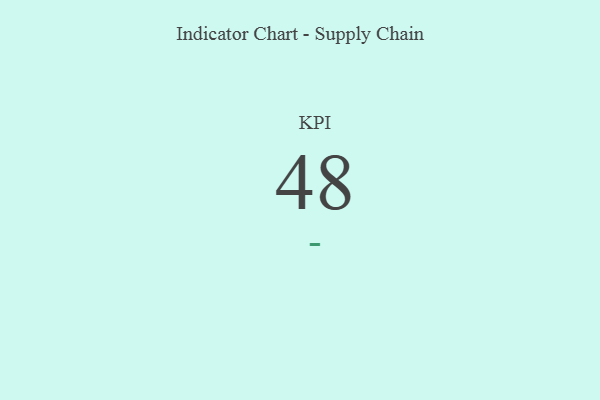
{"axis": {"x": "KPI", "y": "Value"}, "legend": [""], "data": [{"x": "KPI", "y": 48, "type": ""}]}